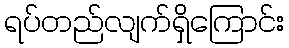
ရပ်တည်လျက်ရှိကြောင်း